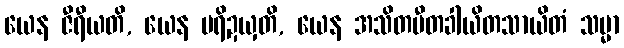
ယေန ဇီရီယတိ, ယေန ပရိဍယှတိ, ယေန အသိတပီတခါယိတသာယိတံ သမ္မာ